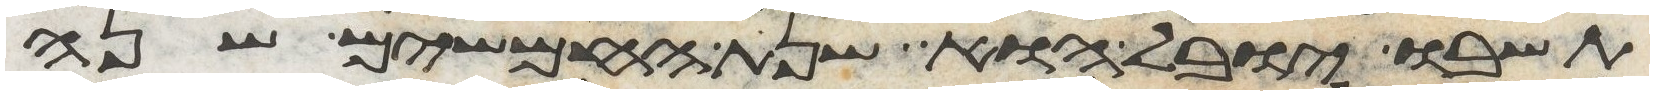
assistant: תשובו יובל הוא שנת החמשים שנה